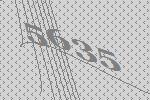
5635